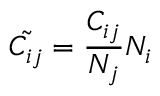
\tilde { C _ { i j } } = \frac { C _ { i j } } { N _ { j } } N _ { i }